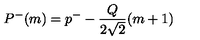
P ^ { - } ( m ) = p ^ { - } - \frac { Q } { 2 \sqrt { 2 } } ( m + 1 )